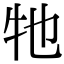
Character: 牠